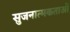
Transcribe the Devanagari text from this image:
सुजनात्मकताओं